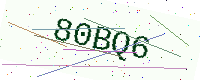
Text: 80BQ6